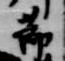
節